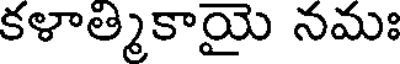
కళాత్మికాయై నమః